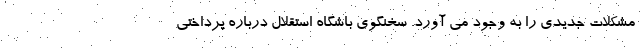
مشکلات جدیدی را به وجود می آورد. سخنگوی باشگاه استقلال درباره پرداختی